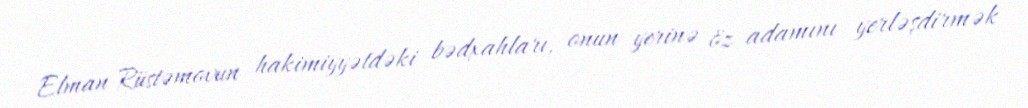
Elman Rüstəmovun hakimiyyətdəki bədxahları, onun yerinə öz adamını yerləşdirmək